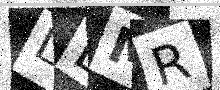
Text: LDMR